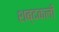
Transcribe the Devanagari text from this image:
शब्दकली